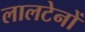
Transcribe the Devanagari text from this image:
लालटेनों